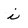
Character: i